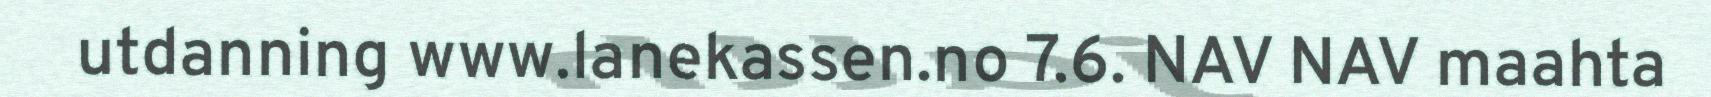
utdanning www.lanekassen.no 7.6. NAV NAV maahta